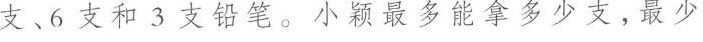
支﹑6支和3支铅笔。小颖最多能拿多少支，最少